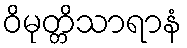
ဝိမုတ္တိသာရာနံ